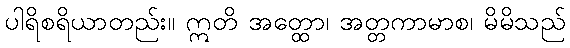
ပါရိစရိယာတည်း။ ဣတိ အတ္ထော၊ အတ္တကာမာစ၊ မိမိသည်